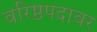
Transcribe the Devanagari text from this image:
वरिष्ठपदावर